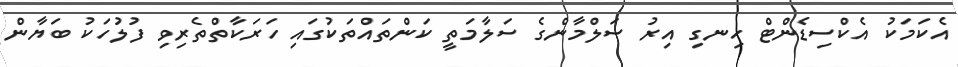
އެކަމަކު އެކްސިޑެންޓް ހިނގި އިރު ސަލްމާންގެ ސަލާމަތީ ކަންތައްތަކުގައި ހަރަކާތްތެރިވި ފުލުހަކު ބަޔާން